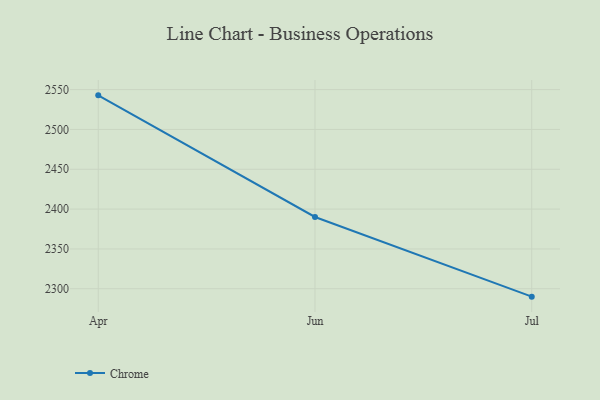
{"axis": {"x": "Month", "y": "Population (Million)"}, "legend": ["Chrome"], "data": [{"x": "Apr", "y": 2542.8, "type": "Chrome"}, {"x": "Jun", "y": 2390.1, "type": "Chrome"}, {"x": "Jul", "y": 2290.1, "type": "Chrome"}]}